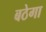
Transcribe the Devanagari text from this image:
बठेगा